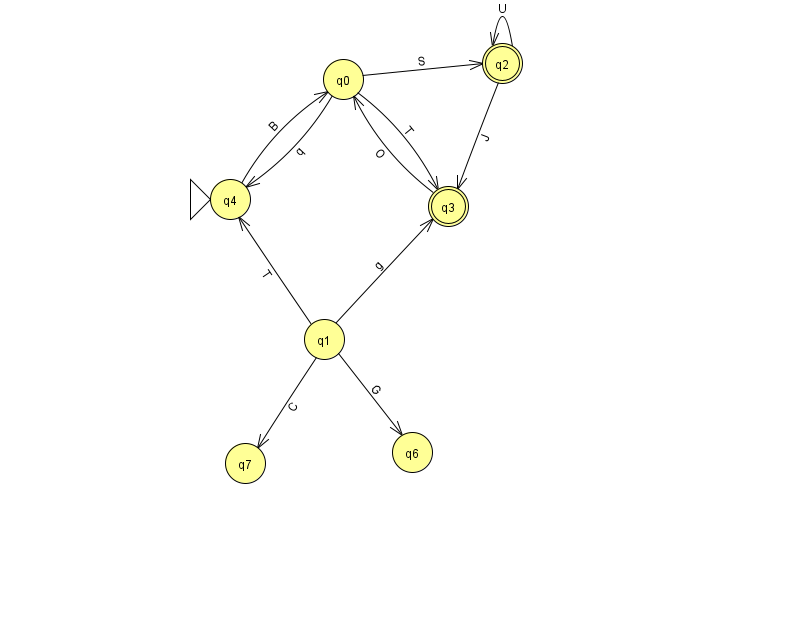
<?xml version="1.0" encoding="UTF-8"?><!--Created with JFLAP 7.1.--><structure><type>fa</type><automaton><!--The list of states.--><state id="0" name="q0"><x>343.0</x><y>66.0</y></state><state id="1" name="q1"><x>324.0</x><y>326.0</y></state><state id="2" name="q2"><x>502.0</x><y>50.0</y><final/></state><state id="3" name="q3"><x>448.0</x><y>193.0</y><final/></state><state id="4" name="q4"><x>230.0</x><y>186.0</y><initial/></state><state id="6" name="q6"><x>412.0</x><y>439.0</y></state><state id="7" name="q7"><x>245.0</x><y>450.0</y></state><!--The list of transitions.--><transition><from>0</from><to>4</to><read>q</read></transition><transition><from>3</from><to>0</to><read>O</read></transition><transition><from>2</from><to>2</to><read>U</read></transition><transition><from>1</from><to>3</to><read>g</read></transition><transition><from>4</from><to>0</to><read>B</read></transition><transition><from>1</from><to>4</to><read>T</read></transition><transition><from>1</from><to>6</to><read>G</read></transition><transition><from>1</from><to>7</to><read>C</read></transition><transition><from>2</from><to>3</to><read>J</read></transition><transition><from>0</from><to>2</to><read>S</read></transition><transition><from>0</from><to>3</to><read>T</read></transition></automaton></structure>